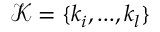
\mathcal { K } = \{ k _ { i } , . . . , k _ { l } \}